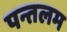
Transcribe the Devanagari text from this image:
पन्तलम